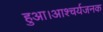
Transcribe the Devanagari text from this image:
हुआ।आश्चर्यजनक